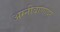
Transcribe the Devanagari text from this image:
अग्नीबाणावर